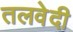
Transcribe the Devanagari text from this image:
तलवेदी